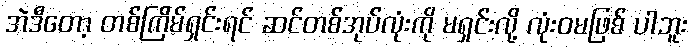
အဲဒီတော့ တစ်ကြိမ်ရှင်းရင် ဆင်တစ်အုပ်လုံးကို မရှင်းလို့ လုံးဝမဖြစ် ပါဘူး